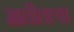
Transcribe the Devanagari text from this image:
मातीतल्या